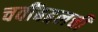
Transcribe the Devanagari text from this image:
चवींबद्दलची